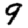
Digit: 9